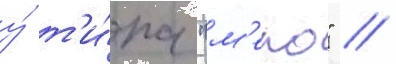
у́ т'и́па "м'еко" //